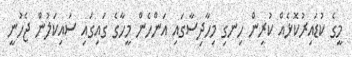
މީގެ ކުޑައިރުކޮޅެއް ކުރިން ހިނގި މިހާދިސާގައި އަންހެން މީހާގެ ގައިގައި ސައިކަލުން ޖެހުނީ